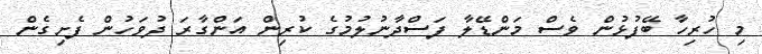
މި ހުރިހާ ބޭފުޅުން ވެސް މަންޑޭލާ ފަސްދާނުލުމުގެ ކުރިން އަންގާރަ ދުވަހުން ފެށިގެން